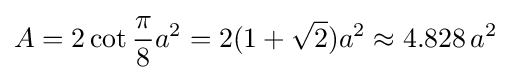
A=2\cot {\frac {\pi }{8}}a^{2}=2(1+{\sqrt {2}})a^{2}\approx 4.828\,a^{2}